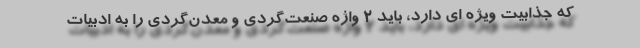
که جذابیت ویژه ای دارد، باید ۲ واژه صنعت‌گردی و معدن‌گردی را به ادبیات